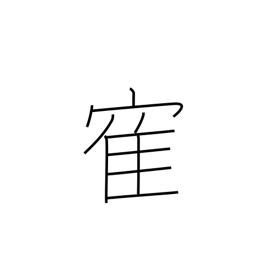
Meaning: crane (bird)